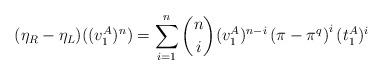
LaTeX: \begin{align*} (\eta_R - \eta_L)((v_1^A)^n) = \sum_{i=1}^{n} \binom{n}{i} (v_1^A)^{n-i} \left( \pi - \pi^q\right)^{i} (t_1^A)^i \end{align*}